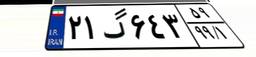
۲۱گ۶۴۳۵۹